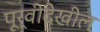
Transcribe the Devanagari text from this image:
पूर्वीदेखील